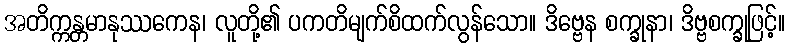
အတိက္ကန္တမာနုဿကေန၊ လူတို့၏ ပကတိမျက်စိထက်လွန်သော။ ဒိဗ္ဗေန စက္ခုနာ၊ ဒိဗ္ဗစက္ခုဖြင့်။